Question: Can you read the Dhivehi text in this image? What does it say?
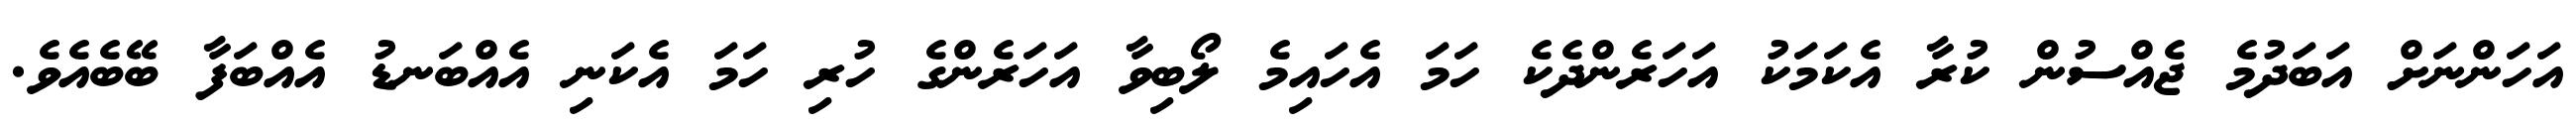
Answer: އަހަންނަށް އަބަދުމެ ޖެއްސުން ކުރާ އެކަމަކު އަހަރެންދެކެ ހަމަ އެހައިމެ ލޯބިވާ އަހަރެންގެ ހުރި ހަމަ އެކަނި އެއްބަނޑު އެއްބަފާ ބޭބެއެވެ.